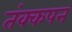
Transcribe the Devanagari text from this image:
तंक्कपन